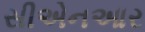
સીએનઆર